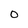
Character: 0